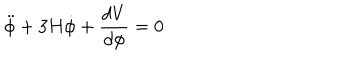
LaTeX: \ddot { \phi } + 3 H \dot { \phi } + { \frac { d V } { d { \phi } } } = 0